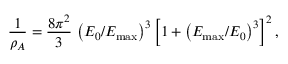
{ \frac { 1 } { \rho _ { A } } } = { \frac { 8 \pi ^ { 2 } } { 3 } } \, \left( { E _ { 0 } / E _ { \mathrm { m a x } } } \right) ^ { 3 } \left[ 1 + \left( { E _ { \mathrm { m a x } } / E _ { 0 } } \right) ^ { 3 } \right] ^ { 2 } ,